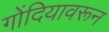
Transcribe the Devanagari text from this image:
गोंदियावरून